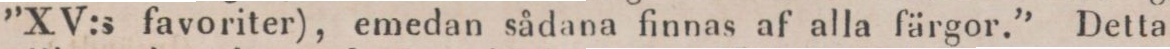
”XV:s favoriter), emedan sådana finnas af alla färgor.” Detta